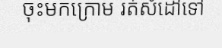
ចុះមកក្រោម រត់សំដៅទៅ